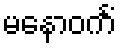
မနောဝင်္ကံ